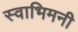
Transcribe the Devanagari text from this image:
स्वाभिमनी